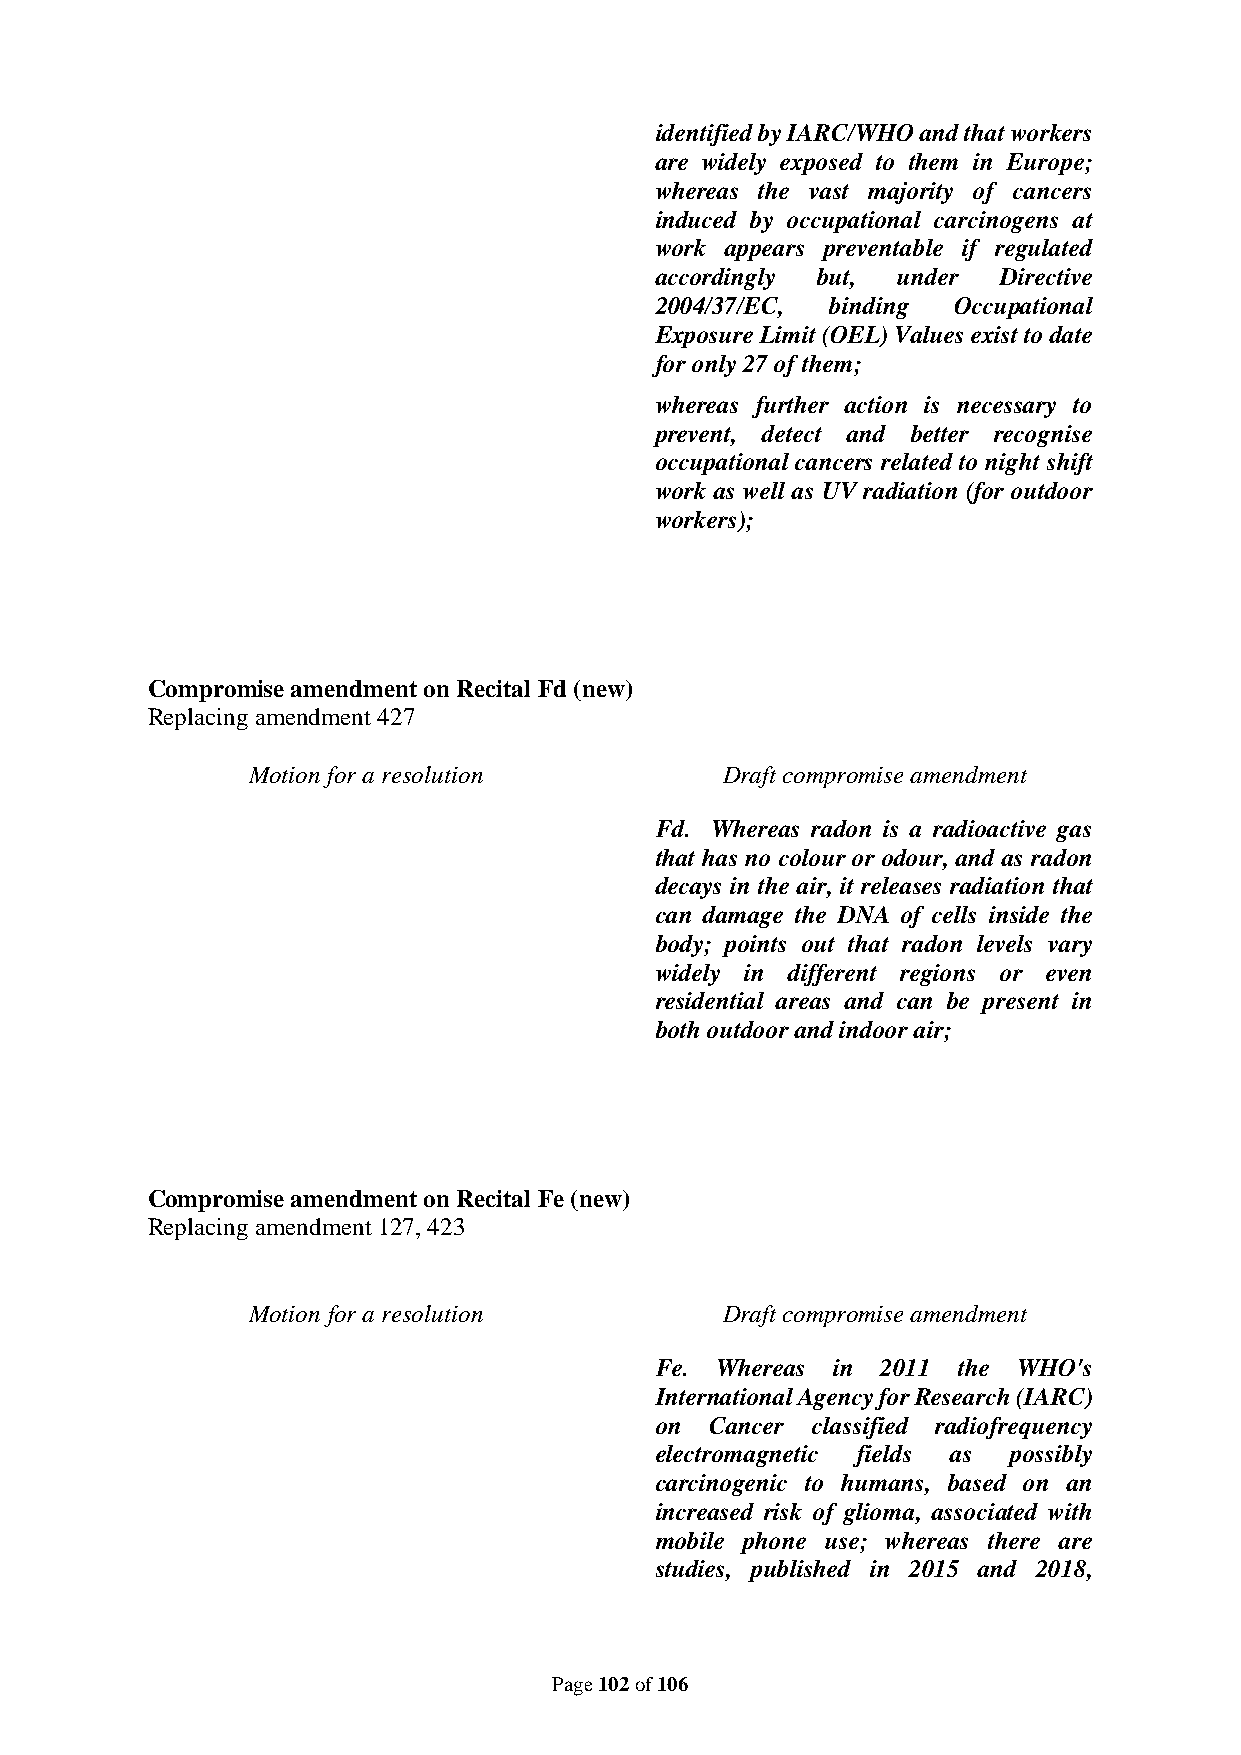
identified by IARC/WHO and that workers
 are widely exposed to them in Europe;
 whereas the vast majority of cancers
 induced by occupational carcinogens at
 work appears preventable if regulated
 accordingly but, under Directive
 2004/37/EC, binding Occupational
 Exposure Limit (OEL) Values exist to date
 for only 27 of them;
 whereas further action is necessary to
 prevent, detect and better recognise
 occupational cancers related to night shift
 work as well as UV radiation (for outdoor
 workers);
 Compromise amendment on Recital Fd (new)
 Replacing amendment 427
 Motion for a resolution         Draft compromise amendment
 Fd. Whereas radon is a radioactive gas
 that has no colour or odour, and as radon
 decays in the air, it releases radiation that
 can damage the DNA of cells inside the
 body; points out that radon levels vary
 widely in different regions or even
 residential areas and can be present in
 both outdoor and indoor air;
 Compromise amendment on Recital Fe (new)
 Replacing amendment 127, 423
 Motion for a resolution         Draft compromise amendment
 Fe. Whereas in 2011 the WHO's
 International Agency for Research (IARC)
 on  Cancer classified radiofrequency
 electromagnetic fields as possibly
 carcinogenic to humans, based on an
 increased risk of glioma, associated with
 mobile phone use; whereas there are
 studies, published in 2015 and 2018,
 Page 102 of 106